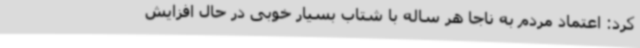
کرد: اعتماد مردم به ناجا هر ساله با شتاب بسیار خوبی در حال افزایش